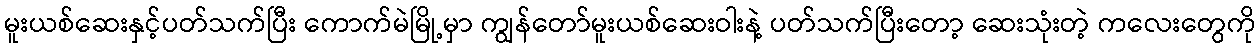
မူးယစ်ဆေးနှင့်ပတ်သက်ပြီး ကောက်မဲမြို့မှာ ကျွန်တော်မူးယစ်ဆေးဝါးနဲ့ ပတ်သက်ပြီးတော့ ဆေးသုံးတဲ့ ကလေးတွေကို